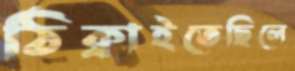
ঠিক্‌রাইতেছিলে